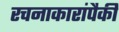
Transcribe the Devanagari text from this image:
रचनाकारांपैकी